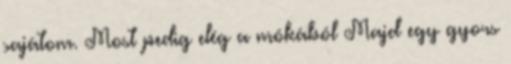
sajátom. Most pedig elég a mókából Majd egy gyors